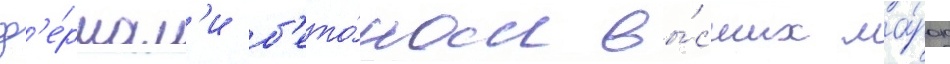
ф'е́рмам'и б'ето́ном вы́сших ма́рок